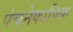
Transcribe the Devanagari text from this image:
पंचनेकायिक